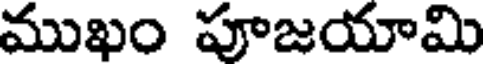
ముఖం పూజయామి